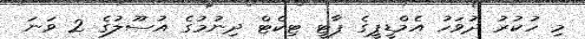
މި ހުކުރު ދުވަހު އެމްޑީޕީގެ ޕާޓީ ޓިކެޓް ދިނުމުގެ އުސޫލުގެ 2 ވަނަ